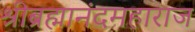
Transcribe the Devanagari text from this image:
श्रीब्रह्मानंदमहाराज